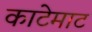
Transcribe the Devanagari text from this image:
काटेमाट